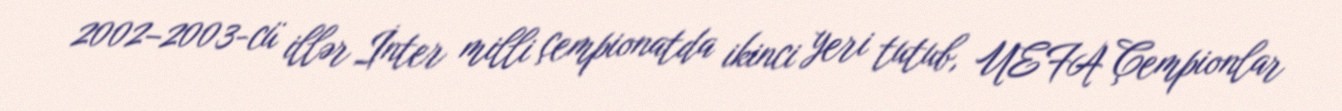
2002–2003-cü illər İnter milli çempionatda ikinci yeri tutub, UEFA Çempionlar